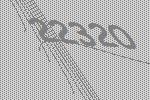
22320